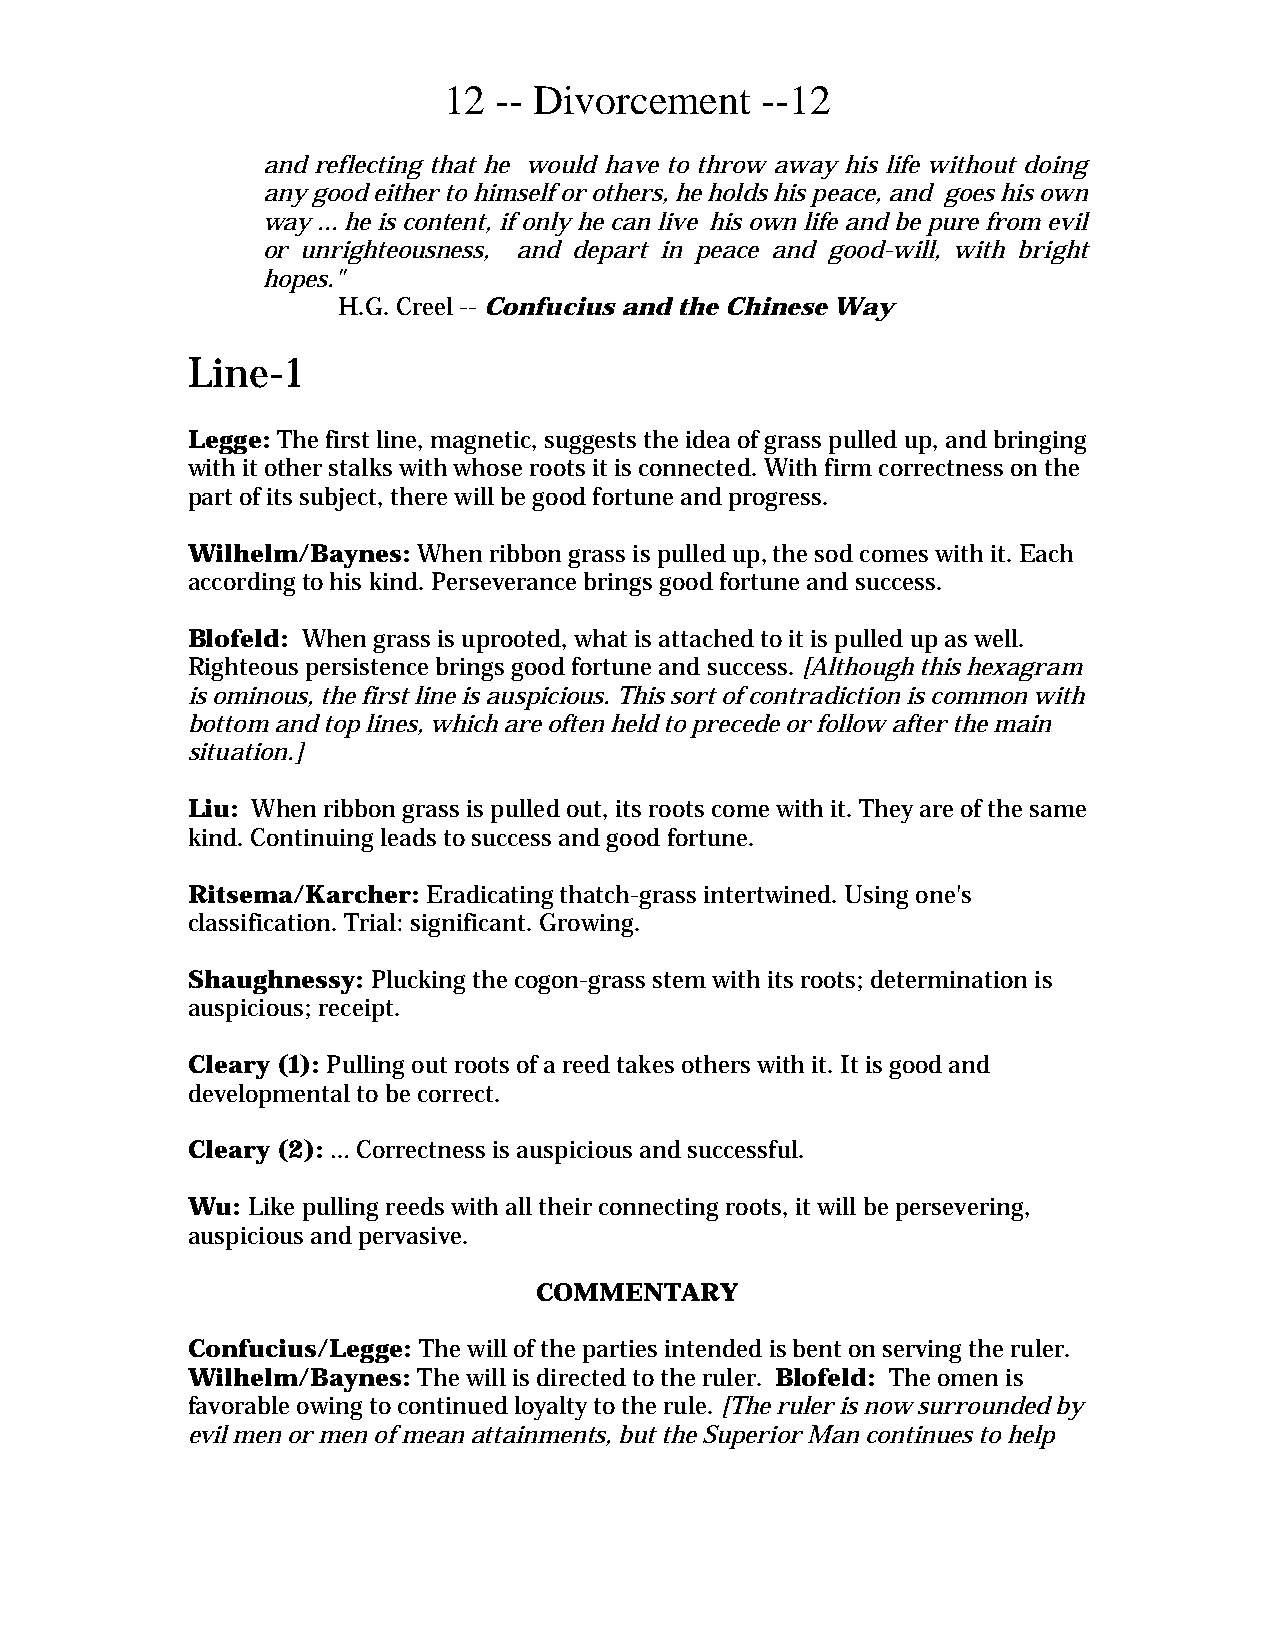
12  -- Divorcement   --12
 and reflecting that he would have to throw away his life without doing
 any good either to himself or others, he holds his peace, and goes his own
 way ... he is content, if only he can live his own life and be pure from evil
 or unrighteousness, and depart in peace and good-will, with bright
 hopes."
 H.G. Creel -- Confucius and the Chinese Way
 Line-1
 Legge: The first line, magnetic, suggests the idea of grass pulled up, and bringing
 with it other stalks with whose roots it is connected. With firm correctness on the
 part of its subject, there will be good fortune and progress.
 Wilhelm/Baynes: When ribbon grass is pulled up, the sod comes with it. Each
 according to his kind. Perseverance brings good fortune and success.
 Blofeld: When grass is uprooted, what is attached to it is pulled up as well.
 Righteous persistence brings good fortune and success. [Although this hexagram
 is ominous, the first line is auspicious. This sort of contradiction is common with
 bottom and top lines, which are often held to precede or follow after the main
 situation.]
 Liu: When ribbon grass is pulled out, its roots come with it. They are of the same
 kind. Continuing leads to success and good fortune.
 Ritsema/Karcher: Eradicating thatch-grass intertwined. Using one's
 classification. Trial: significant. Growing.
 Shaughnessy: Plucking the cogon-grass stem with its roots; determination is
 auspicious; receipt.
 Cleary (1): Pulling out roots of a reed takes others with it. It is good and
 developmental to be correct.
 Cleary (2): … Correctness is auspicious and successful.
 Wu: Like pulling reeds with all their connecting roots, it will be persevering,
 auspicious and pervasive.
 COMMENTARY
 Confucius/Legge: The will of the parties intended is bent on serving the ruler.
 Wilhelm/Baynes: The will is directed to the ruler. Blofeld: The omen is
 favorable owing to continued loyalty to the rule. [The ruler is now surrounded by
 evil men or men of mean attainments, but the Superior Man continues to help